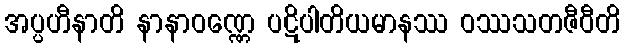
အပ္ပဟီနာတိ နာနာဝဏ္ဏေ ပဋိပါတိယမာနဿ ဝဿသတဇီဝီတိ